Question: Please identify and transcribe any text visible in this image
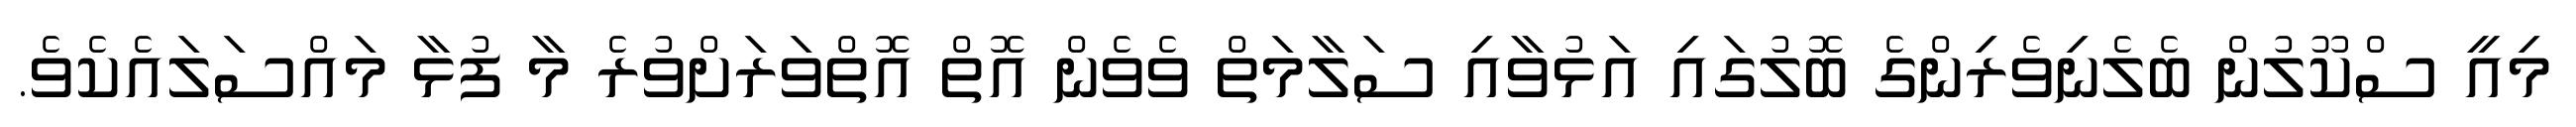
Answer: މިއީ ސްކޫލުން ބެލެނިވެރިންގެ ބޮލުގައި އަޅުވާއި ސަލާމަތް ވެވެން އޮތް އޮތްވަރަށްވުރެ މާ ފުޅާ މައްސަލައެކެވެ.